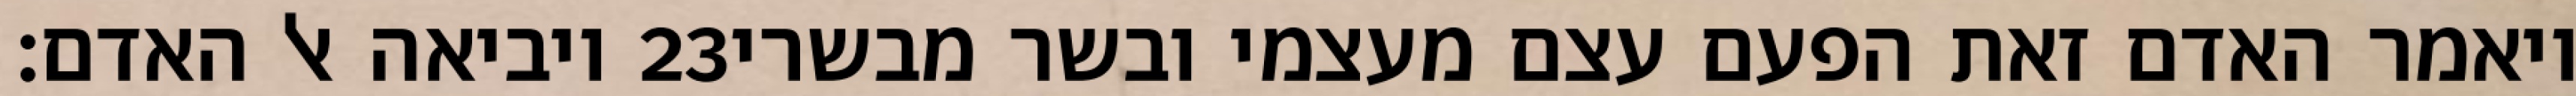
ויביאה אל האדם׃ ‎23‏ ויאמר האדם זאת הפעם עצם מעצמי ובשר מבשרי